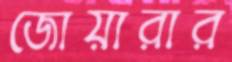
জোয়ারার